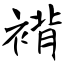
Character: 褙